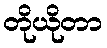
တိုယိုတာ